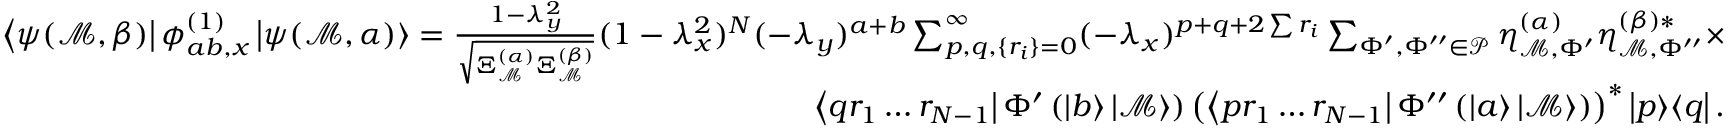
\begin{array} { r } { \left< \psi ( \mathcal { M } , \beta ) \right| \phi _ { a b , x } ^ { ( 1 ) } \left| \psi ( \mathcal { M } , \alpha ) \right> = \frac { 1 - \lambda _ { y } ^ { 2 } } { \sqrt { \Xi _ { \mathcal { M } } ^ { ( \alpha ) } \Xi _ { \mathcal { M } } ^ { ( \beta ) } } } ( 1 - \lambda _ { x } ^ { 2 } ) ^ { N } ( - \lambda _ { y } ) ^ { a + b } \sum _ { p , q , \{ r _ { i } \} = 0 } ^ { \infty } ( - \lambda _ { x } ) ^ { p + q + 2 \sum r _ { i } } \sum _ { \Phi ^ { \prime } , \Phi ^ { \prime \prime } \in \mathcal { P } } \eta _ { \mathcal { M } , \Phi ^ { \prime } } ^ { ( \alpha ) } \eta _ { \mathcal { M } , \Phi ^ { \prime \prime } } ^ { ( \beta ) * } \times } \\ { \left< q r _ { 1 } \ldots r _ { N - 1 } \right| \Phi ^ { \prime } \left( \left| b \right> \left| \mathcal { M } \right> \right) \left( \left< p r _ { 1 } \ldots r _ { N - 1 } \right| \Phi ^ { \prime \prime } \left( \left| a \right> \left| \mathcal { M } \right> \right) \right) ^ { * } \left| p \middle > \middle < q \right| . } \end{array}